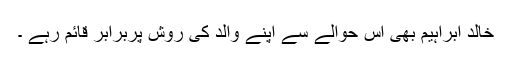
خالد ابراہیم بھی اس حوالے سے اپنے والد کی روش پربرابر قائم رہے ۔